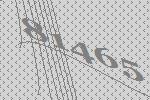
81465